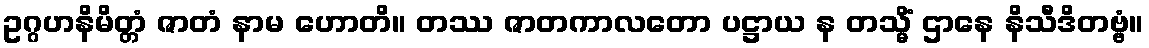
ဥဂ္ဂဟနိမိတ္တံ ဇာတံ နာမ ဟောတိ။ တဿ ဇာတကာလတော ပဋ္ဌာယ န တသ္မိံ ဌာနေ နိသီဒိတဗ္ဗံ။